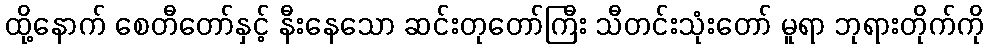
ထို့နောက် စေတီတော်နှင့် နီးနေသော ဆင်းတုတော်ကြီး သီတင်းသုံးတော် မူရာ ဘုရားတိုက်ကို